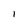
Character: 1